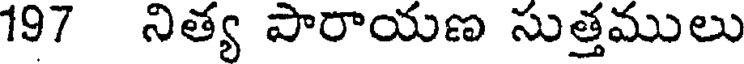
197 నిత్య పారాయణ సుత్తములు